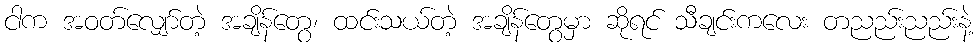
ငါက အဝတ်လျှော်တဲ့ အချိန်တွေ၊ ထင်းသယ်တဲ့ အချိန်တွေမှာ ဆိုရင် သီချင်းကလေး တညည်းညည်းနဲ့